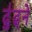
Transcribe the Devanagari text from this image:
ढु॑ढ्ने